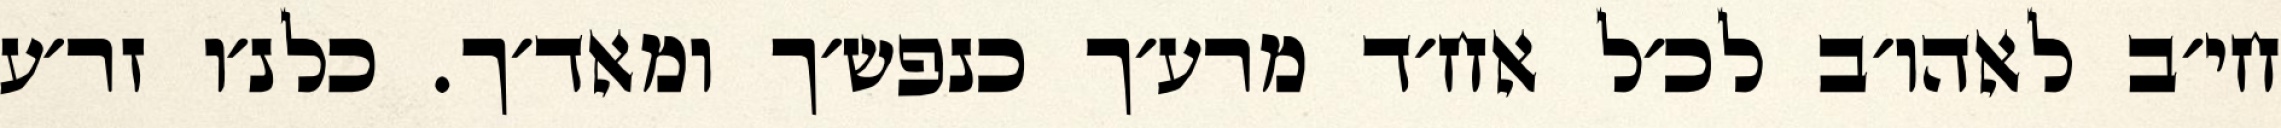
חי׳ב לאהו׳ב לכ׳ל אח׳ד מרע׳ך כנפש׳ך ומאד׳ך. כלנ׳ו זר׳ע